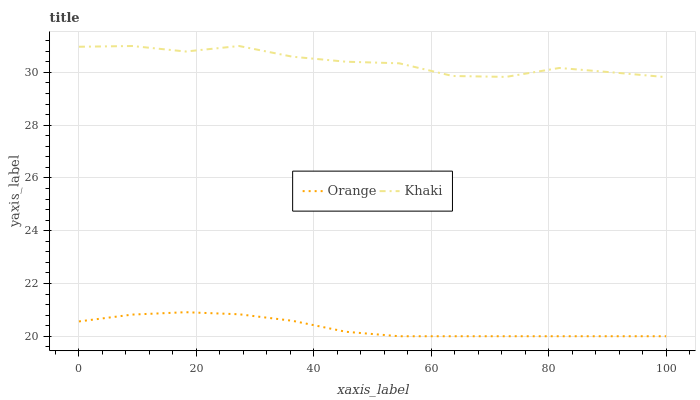
| xaxis_label | Orange | Khaki |
 | --- | --- | --- |
 | 0 | 20.6 | 31 |
 | 9.09 | 20.8 | 31 |
 | 18.2 | 20.9 | 30.8 |
 | 27.3 | 20.8 | 31 |
 | 36.4 | 20.6 | 30.6 |
 | 45.5 | 20.2 | 30.4 |
 | 54.5 | 20 | 30.3 |
 | 63.6 | 20 | 29.9 |
 | 72.7 | 20 | 29.8 |
 | 81.8 | 20 | 30.2 |
 | 90.9 | 20 | 30 |
 | 100 | 20 | 29.8 |